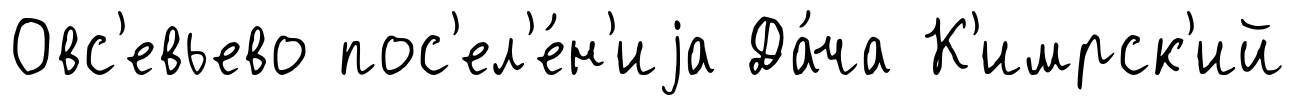
Овс'евьево пос'ел'е́н'иjа Да́ча К'имрск'ий